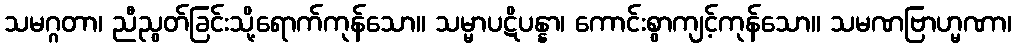
သမဂ္ဂတာ၊ ညီညွတ်ခြင်းသို့ရောက်ကုန်သော။ သမ္မာပဋိပန္နာ၊ ကောင်းစွာကျင့်ကုန်သော။ သမဏဗြာဟ္မဏာ၊